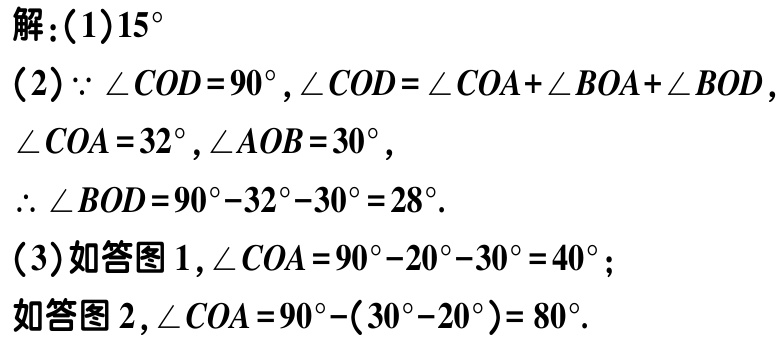
解：(1)$15^{\circ}$

(2)$\because \angle COD = 90^{\circ}, \angle COD=\angle COA+\angle BOA+\angle BOD,$

$\angle COA = 32^{\circ}, \angle AOB = 30^{\circ},$

$\therefore \angle BOD = 90^{\circ}-32^{\circ}-30^{\circ}=28^{\circ}.$

(3)如答图1,$\angle COA = 90^{\circ}-20^{\circ}-30^{\circ}=40^{\circ};$

如答图2,$\angle COA = 90^{\circ}-(30^{\circ}-20^{\circ}) = 80^{\circ}.$